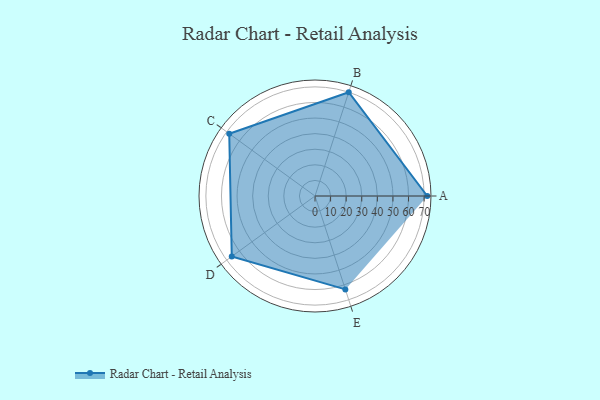
{"axis": {"x": "Skill", "y": "Score"}, "legend": ["Profile"], "data": [{"x": "A", "y": 72.0, "type": "Profile"}, {"x": "B", "y": 70.0, "type": "Profile"}, {"x": "C", "y": 68.0, "type": "Profile"}, {"x": "D", "y": 66.0, "type": "Profile"}, {"x": "E", "y": 63.0, "type": "Profile"}]}